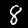
Label: 8